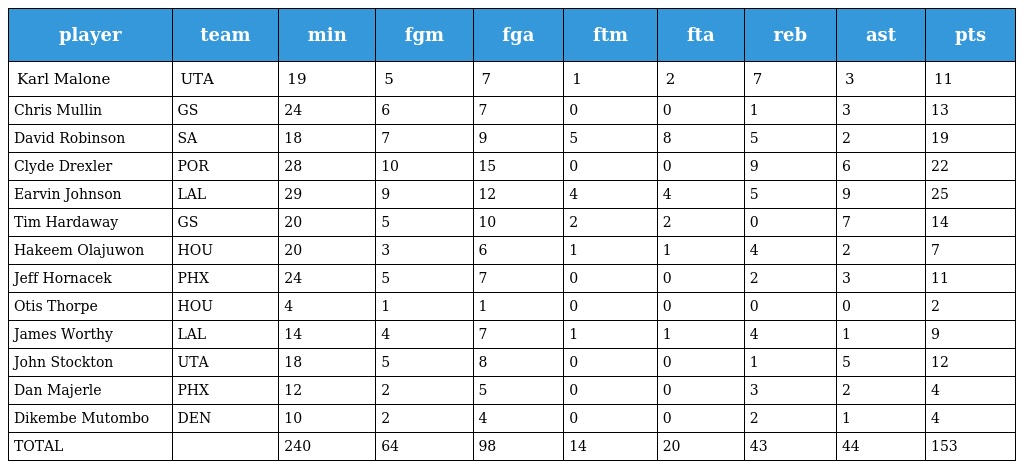
| player | team | min | fgm | fga | ftm | fta | reb | ast | pts |
 | --- | --- | --- | --- | --- | --- | --- | --- | --- | --- |
 | Karl Malone | UTA | 19 | 5 | 7 | 1 | 2 | 7 | 3 | 11 |
 | Chris Mullin | GS | 24 | 6 | 7 | 0 | 0 | 1 | 3 | 13 |
 | David Robinson | SA | 18 | 7 | 9 | 5 | 8 | 5 | 2 | 19 |
 | Clyde Drexler | POR | 28 | 10 | 15 | 0 | 0 | 9 | 6 | 22 |
 | Earvin Johnson | LAL | 29 | 9 | 12 | 4 | 4 | 5 | 9 | 25 |
 | Tim Hardaway | GS | 20 | 5 | 10 | 2 | 2 | 0 | 7 | 14 |
 | Hakeem Olajuwon | HOU | 20 | 3 | 6 | 1 | 1 | 4 | 2 | 7 |
 | Jeff Hornacek | PHX | 24 | 5 | 7 | 0 | 0 | 2 | 3 | 11 |
 | Otis Thorpe | HOU | 4 | 1 | 1 | 0 | 0 | 0 | 0 | 2 |
 | James Worthy | LAL | 14 | 4 | 7 | 1 | 1 | 4 | 1 | 9 |
 | John Stockton | UTA | 18 | 5 | 8 | 0 | 0 | 1 | 5 | 12 |
 | Dan Majerle | PHX | 12 | 2 | 5 | 0 | 0 | 3 | 2 | 4 |
 | Dikembe Mutombo | DEN | 10 | 2 | 4 | 0 | 0 | 2 | 1 | 4 |
 | TOTAL |  | 240 | 64 | 98 | 14 | 20 | 43 | 44 | 153 |